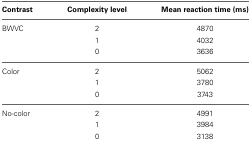
<table><thead><tr><td><b>Contrast</b></td><td><b>Complexity level</b></td><td><b>Mean reaction time (ms)</b></td></tr></thead><tbody><tr><td>BWVC</td><td>2</td><td>4870</td></tr><tr><td></td><td>1</td><td>4032</td></tr><tr><td></td><td>0</td><td>3636</td></tr><tr><td>Color</td><td>2</td><td>5062</td></tr><tr><td></td><td>1</td><td>3780</td></tr><tr><td></td><td>0</td><td>3743</td></tr><tr><td>No-color</td><td>2</td><td>4991</td></tr><tr><td></td><td>1</td><td>3984</td></tr><tr><td></td><td>0</td><td>3138</td></tr></tbody></table>